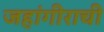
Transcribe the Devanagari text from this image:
जहांगीराची